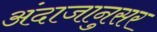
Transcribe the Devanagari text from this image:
अंदाजानुसर